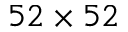
5 2 \times 5 2